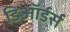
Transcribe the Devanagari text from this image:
डिऑर्डर्स